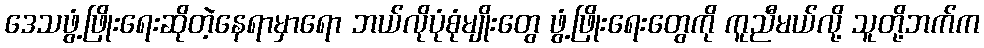
ဒေသဖွံ့ဖြိုးရေးဆိုတဲ့နေရာမှာရော ဘယ်လိုပုံစုံမျိုးတွေ ဖွံ့ဖြိုးရေးတွေကို ကူညီမယ်လို့ သူတို့ဘက်က